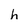
Character: h